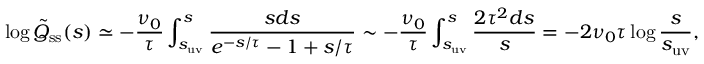
\log \tilde { Q } _ { \mathrm { s s } } ( s ) \simeq - \frac { \nu _ { 0 } } { \tau } \int _ { s _ { \mathrm { u v } } } ^ { s } \frac { s d s } { e ^ { - s / \tau } - 1 + s / \tau } \sim - \frac { \nu _ { 0 } } { \tau } \int _ { s _ { \mathrm { u v } } } ^ { s } \frac { 2 \tau ^ { 2 } d s } { s } = - 2 \nu _ { 0 } \tau \log \frac { s } { s _ { \mathrm { u v } } } ,